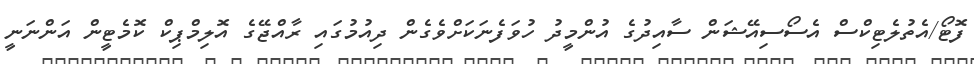
ފޮޓޯ/އެތުލެޓިކްސް އެސޯސިއޭޝަން ސާއިދުގެ އުންމީދު ހުވަފެނަކަށްވެގެން ދިއުމުގައި ރާއްޖޭގެ އޮލިމްޕިކް ކޮމެޓީން އަންނަނީ